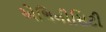
એથિનીસિટી